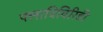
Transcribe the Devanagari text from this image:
फ्लाविविरिडी